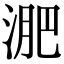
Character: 淝